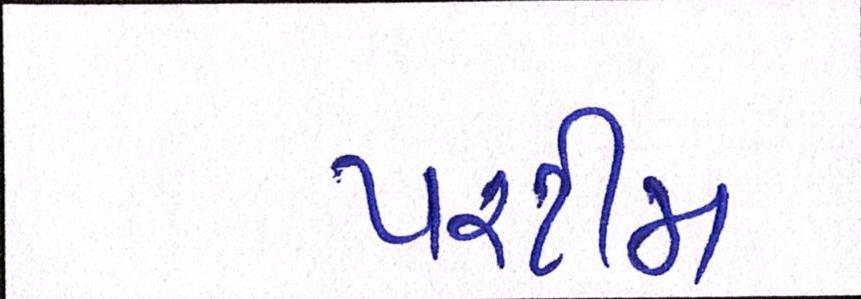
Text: પરટીમ